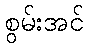
စွမ်းအင်